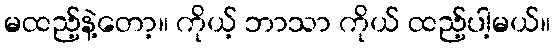
မထည့်နဲ့တော့။ ကိုယ့် ဘာသာ ကိုယ် ထည့်ပါ့မယ်။